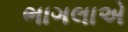
ભાગલાએ